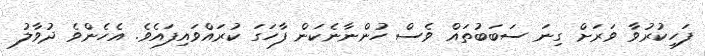
ފަހިކުރުވާ ވަރަށް ގިނަ ސަބަބުތައް ވެސް ހުންނާނެކަން ފާހަގަ ކުރައްވައިފައެވެ. އެހެންވެ ދުވާލު